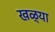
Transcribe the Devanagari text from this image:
खळ्या